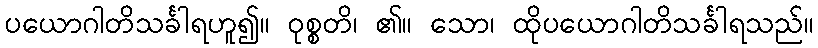
ပယောဂါတိသင်္ခါရဟူ၍။ ဝုစ္စတိ၊ ၏။ သော၊ ထိုပယောဂါတိသင်္ခါရသည်။